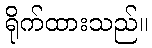
ရိုက်ထားသည်။